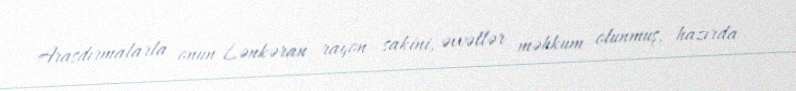
Araşdırmalarla onun Lənkəran rayon sakini, əvvəllər məhkum olunmuş, hazırda